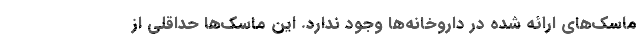
ماسک‌های ارائه شده در داروخانه‌ها وجود ندارد. این ماسک‌ها حداقلی از